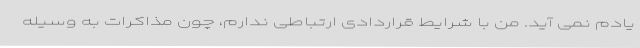
یادم نمی آید. من با شرایط قراردادی ارتباطی ندارم، چون مذاکرات به وسیله